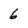
Character: 6